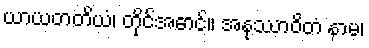
ယာယတတိယံ၊ တိုင်အောင်။ အနုဿာဝိတံ နာမ၊